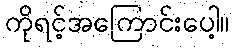
ကိုရင့်အကြောင်းပေါ့။